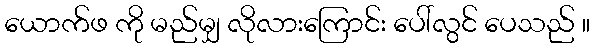
ယောက်ဖ ကို မည်မျှ လိုလားကြောင်း ပေါ်လွင် ပေသည် ။